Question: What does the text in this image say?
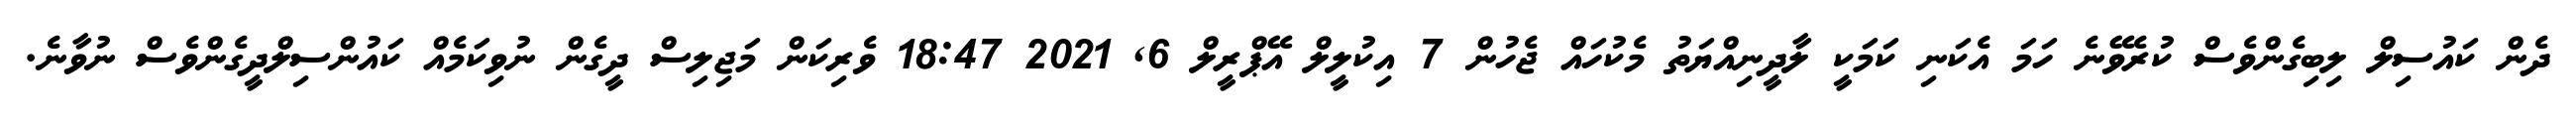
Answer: ދެން ކައުސިލް ލިބިގެންވެސް ކުރެވޭނެ ހަމަ އެކަނި ކަމަކީ ލާދީނިއްޔަތު މެކުހައް ޖެހުން 7 އިކުލީލް އޭޕްރީލް 6, 2021 18:47 ވެރިކަން މަޖިލިސް ދީގެން ނުވިކަމެއް ކައުންސިލްދީގެންވެސް ނުވާނެ.